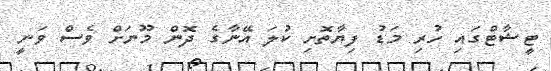
ޓީޝާޓްގައި ހުރި މަޑު ފިޔާތޮށި ކުލަ އޭނާގެ ދޮން މޫނަށް ވެސް ވަނީ